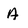
Character: A